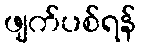
ဖျက်ပစ်ရန်